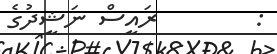
:        ރައީސް ނަޝީދުގެ